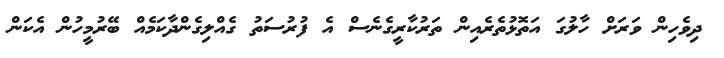
ދިވެހިން ވަރަށް ހާލުގަ އަތޮޅުތެރެއިން ތަރުކާރީގެނެސް އެ ފުރުސަތު ގެއްލިގެންދާކަމެއް ބޭރުމީހުން އެކަން